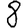
Digit: 8